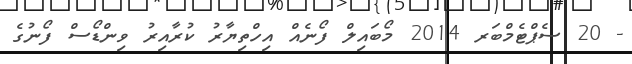
- 20 ސެޕްޓެމްބަރ 2014 މޯބައިލް ފޯނެއް އިހްތިޔާރު ކުރާއިރު ވިންޑޯސް ފޯނުގެ